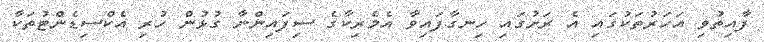
ފާއިތުވި އަހަރުތަކުގައި އެ ރަށުގައި ހިނގާފައިވާ އެމެރިކާގެ ސިފައިންނާ ގުޅުން ހުރި އެކްސިޑެންޓުތަކާ